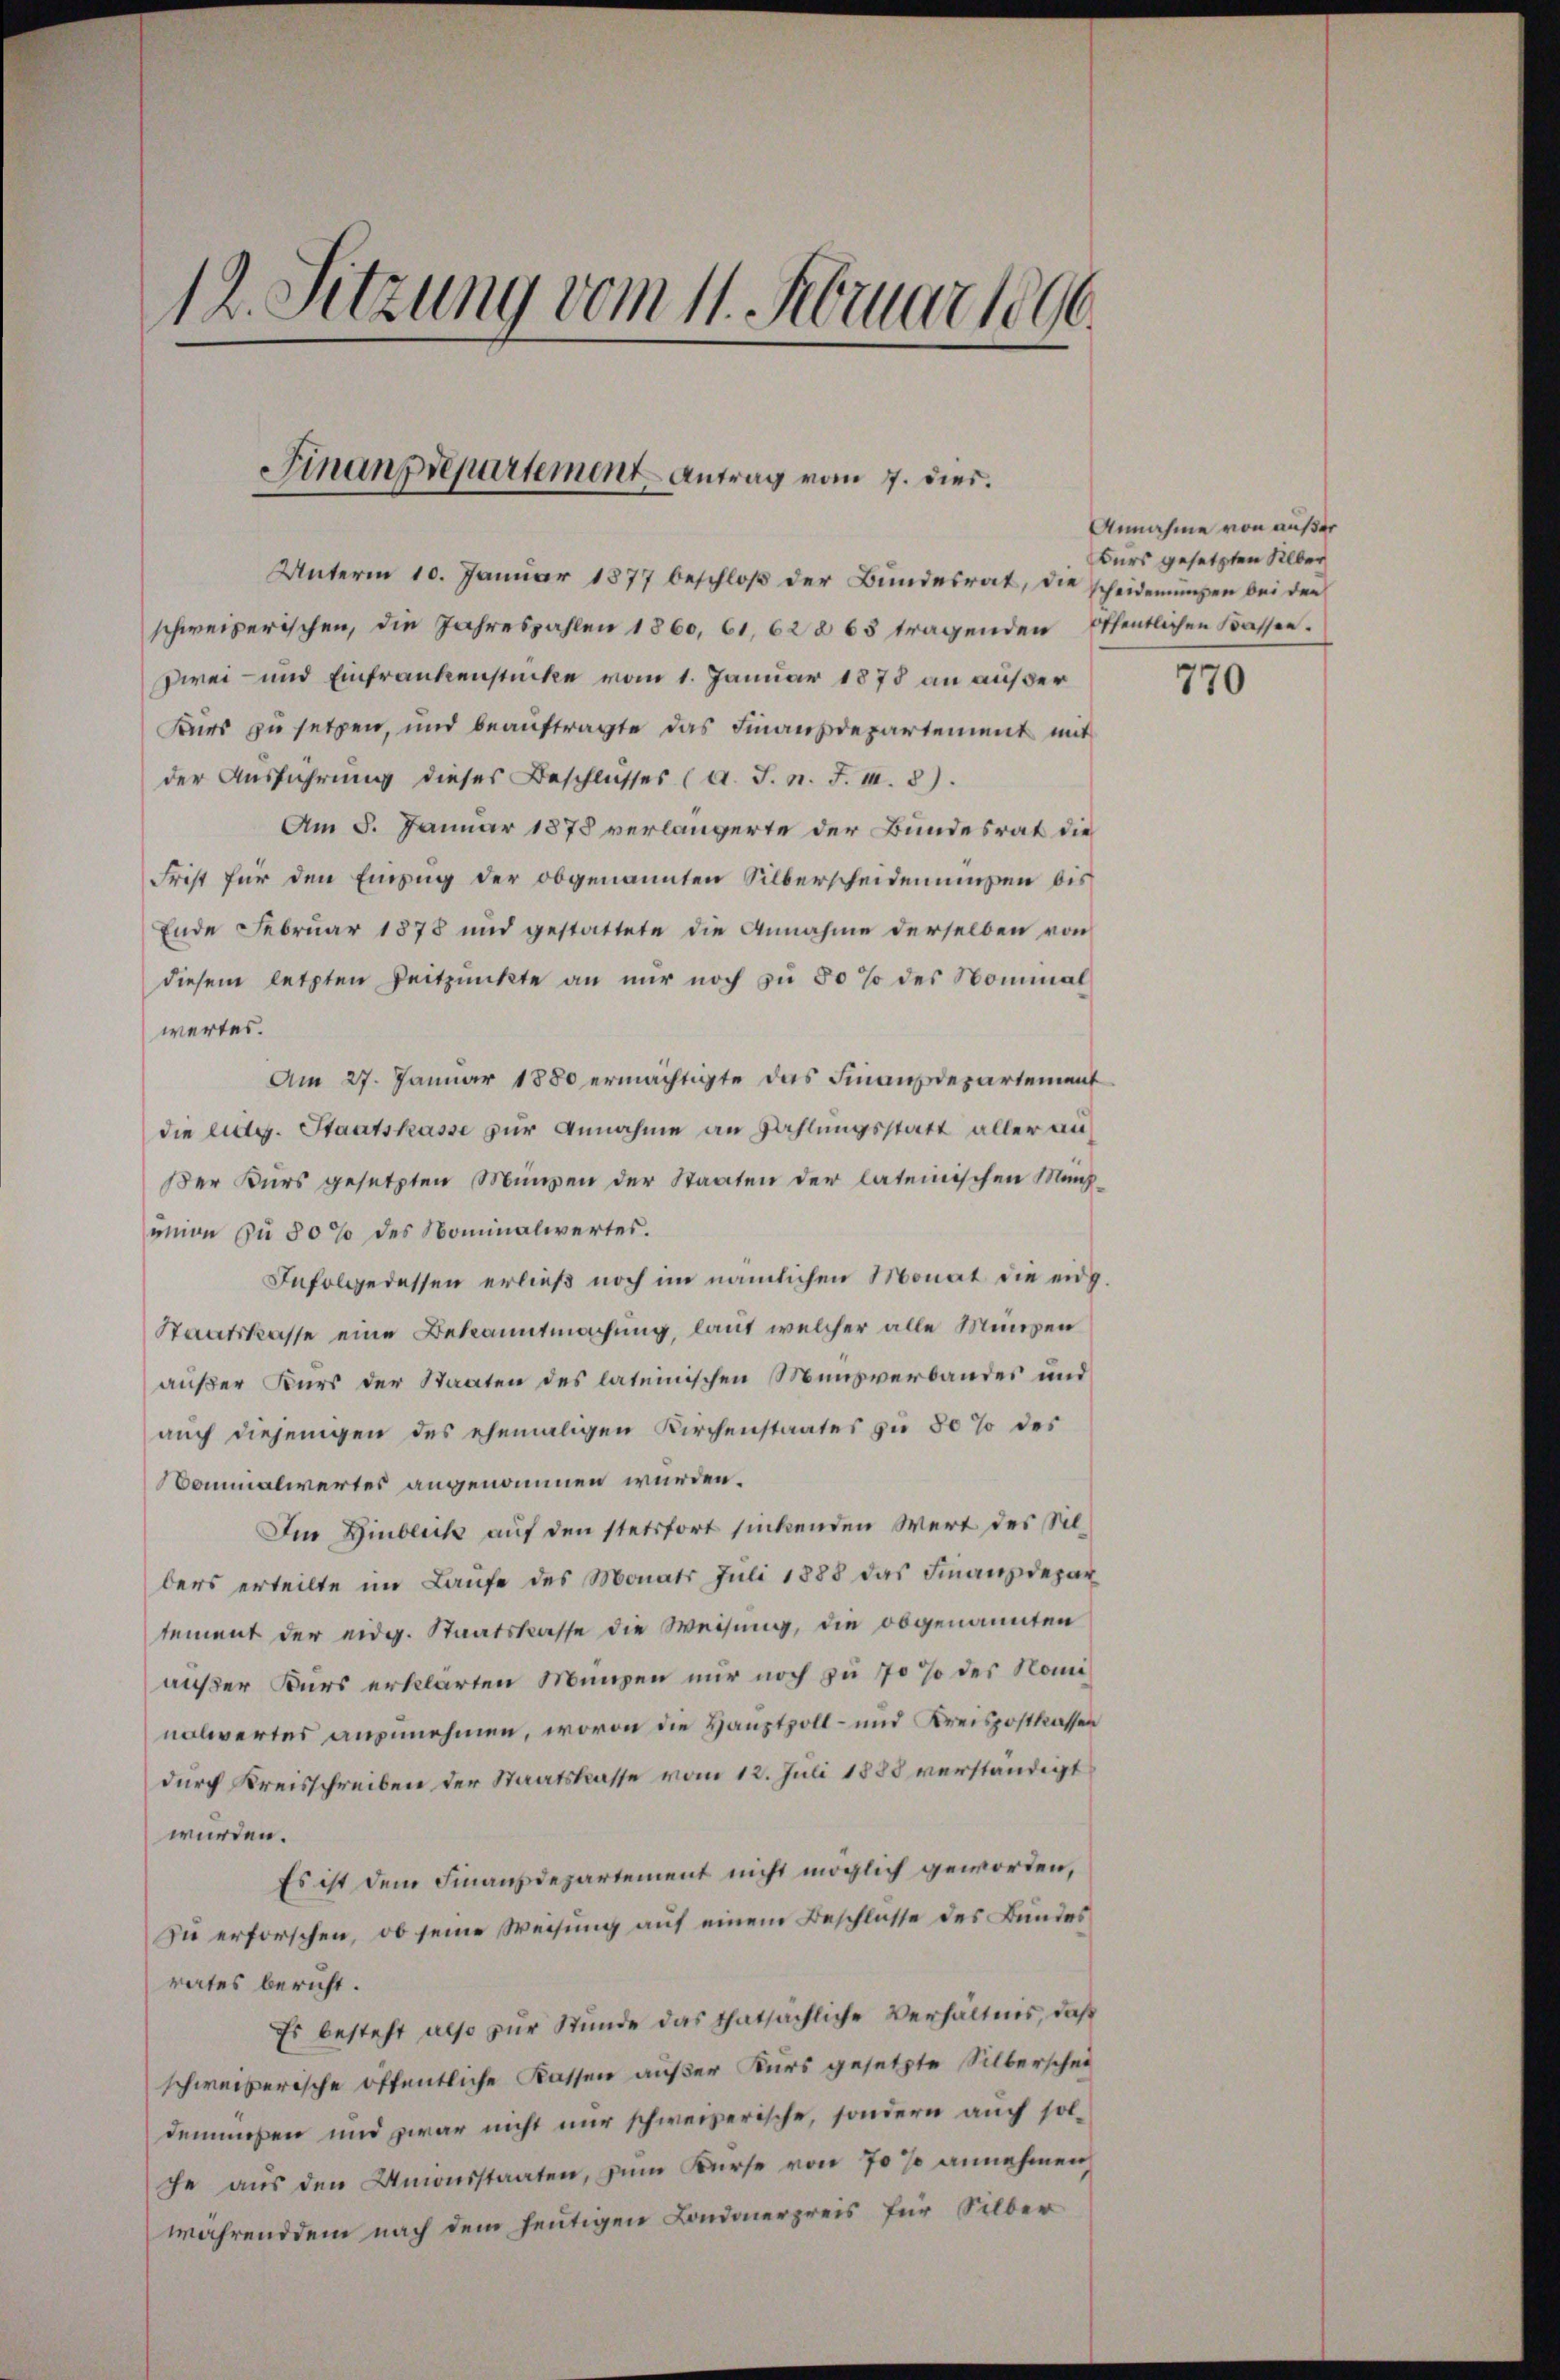
12. Sitzung vom 11. Februar 1896.

Finanzdepartement - Antrag vom 7. dies.

Unterm 10. Januar 1877 beschloß der Bundesrat, die scheiderungen bei der
schweizerischen, die Jahreszahlen 1860, 61, 628 63 tragenden öffentlichen Kassen.
Dwei- und Einfrankenstücke vom 1. Januar 1873 an außer
Kurs zu setzen, und beauftragte das Finanzdepartement mit
der Ausführung dieses Beschlusses (a. J. n. F. II. 3).
Am 5. Januar 1878 verlängerte der Bundesrat die
Frist für den Einzug der obgenannten Silberscheidenmüßen bis
Ende Februar 1878 und gestattete die Annahme derselben von
diesem letzten Zeitpunkte an nŭr noch zŭ 50 % des Nominal
wertes.
Am 27. Januar 1880 ermächtigte das Finanzdepartement
die Eidg. Staatskasse zur Annahme an Zahlungsstatt aller an
Der Kurs gesetzten Münzen der Staaten der lateinischen Manunion zu 80% des Nominalwertes.
Infolgedessen erließ noch im nämlichen Monat die eidg.
Staatskasse eine Bekanntmachung, laut welcher alle Münzen
außer Kurs der Staaten des lateinischen Münsverbandes und
auch diejenigen des ehemaligen Kirchenstaates zu 80% des
onmaliertes angenommen würden.
Im Hinblick auf den stetsfort sinkenden Wert des Silbers erteilte im Laufe des Monats Juli 1888 das Finanzdepar
tement der eidg. Staatskasse die Weisung, die obgenannten
außer Kurs erklärten Münzen nur noch zu 70 % des Nominolwertes anzunehmen, wovon die Hauptvoll- und Kreispostkassen
durch Kreisschreiben der Staatskasse vom 12. Juli 1888 verständigt
würden.
Es ist dem Finanzdepartement nicht möglich geworden,
Zu erforschen, ob seine Weisung auf einem Beschlüsse des Bundes
rates bericht.
Es besteht also zur Stunde das thatsächliche Verhältnis, daß
schweizerische öffentliche Kassen außer Kurs gesetzte Silberschei
demmeßen und zwar nicht nur schweizerische, sondern auch solche aus den Unionsstaaten, zŭm Kurse von 70 % annehmen
währenddem nach dem heutigen Londonerpreis für Silber

Annahme von außer
kurs gesetzten Silber

770